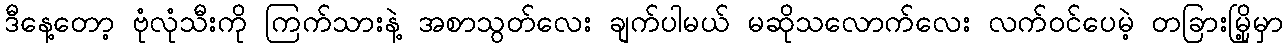
ဒီနေ့တော့ ဗုံလုံသီးကို ကြက်သားနဲ့ အစာသွတ်လေး ချက်ပါမယ် မဆိုသလောက်လေး လက်ဝင်ပေမဲ့ တခြားမြို့မှာ